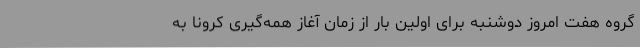
گروه هفت امروز دوشنبه برای اولین بار از زمان آغاز همه‌گیری کرونا به